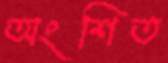
অংশিত